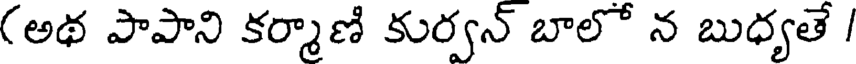
(అథ పాపాని కర్మాణి కుర్వన్ బాలో న బుధ్యతే /